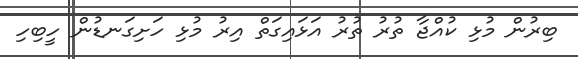
ބިރުން މުޅި ކުއްޖާ ތުރު ތުރު އަޅައިގަތް އިރު މުޅި ހަށިގަނޑުން ހީބިހި